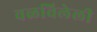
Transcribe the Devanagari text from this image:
वळविलेली